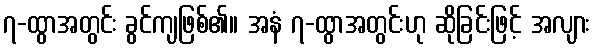
၇-ထွာအတွင်း ခွင်ကျဖြစ်၏။ အနံ ၇-ထွာအတွင်းဟု ဆိုခြင်းဖြင့် အလျား